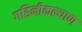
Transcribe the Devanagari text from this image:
गहिनीकल्याण